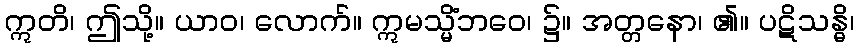
ဣတိ၊ ဤသို့။ ယာဝ၊ လောက်။ ဣမသ္မိံဘဝေ၊ ၌။ အတ္တနော၊ ၏။ ပဋိသန္ဓိ၊